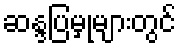
ဆန္ဒပြမှုများတွင်